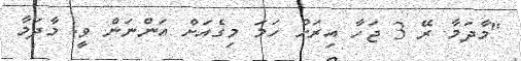
"މާދަމާ ރޭ 3 ޖަހާ އިރަށް ހަމަ މިގެއަށް އަންނަން ވީ. މާދަމާ